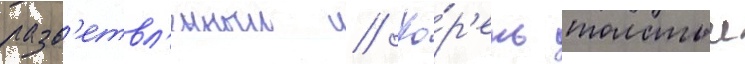
разв'етвл'енныи // Ко́р'ень толстыи